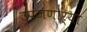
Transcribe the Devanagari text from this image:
उपजणाऱ्या